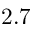
2 . 7